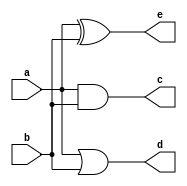
module gate_modeling(input a, b, 
			output c, d, e);
	
	
and(c, a, b);
or(d, a, b);
xor(e, a, b );


endmodule